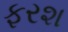
ફરશ